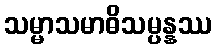
သမ္မာသမာဓိသမ္ပန္နဿ